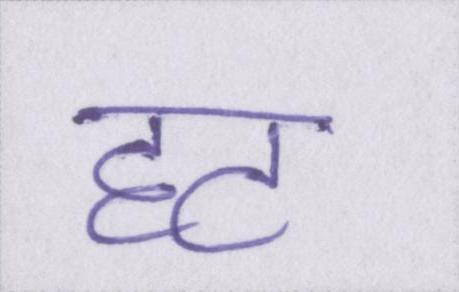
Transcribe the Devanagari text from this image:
हट